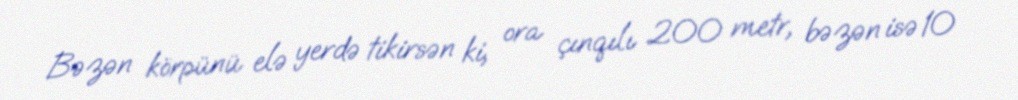
Bəzən körpünü elə yerdə tikirsən ki, ora çınqılı 200 metr, bəzən isə 10